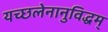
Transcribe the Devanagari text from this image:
यच्छलेनानुविद्धम्